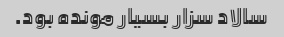
سالاد سزار بسیار مونده بود.